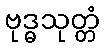
ဗုဒ္ဓသုတ္တံ